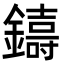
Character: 𮣑